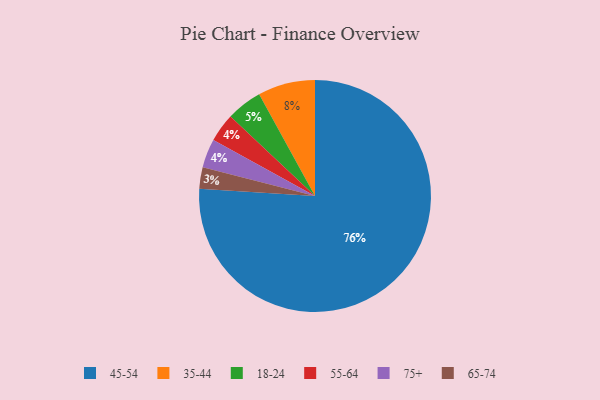
{"axis": {"x": "Category", "y": "Percentage"}, "legend": ["18-24", "35-44", "45-54", "55-64", "65-74", "75+"], "data": [{"x": "18-24", "y": 5, "type": "18-24"}, {"x": "45-54", "y": 76, "type": "45-54"}, {"x": "65-74", "y": 3, "type": "65-74"}, {"x": "55-64", "y": 4, "type": "55-64"}, {"x": "75+", "y": 4, "type": "75+"}, {"x": "35-44", "y": 8, "type": "35-44"}]}